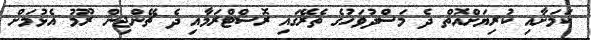
ކަމަށާއި ކުރިޔަށްއޮތް ދެ މަސްދުވަހުގެ ތެރޭގައި ރޮސްޓްރަމާއި ދެ ޗޭންޖިން ރޫމު އެޅުމަށް